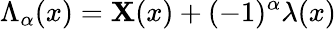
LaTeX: {\Lambda}_{\alpha}(x)=\mathbf{X}(x)+(-1)^{\alpha}{\lambda}(x)